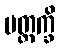
ပတ္တက္ခိ